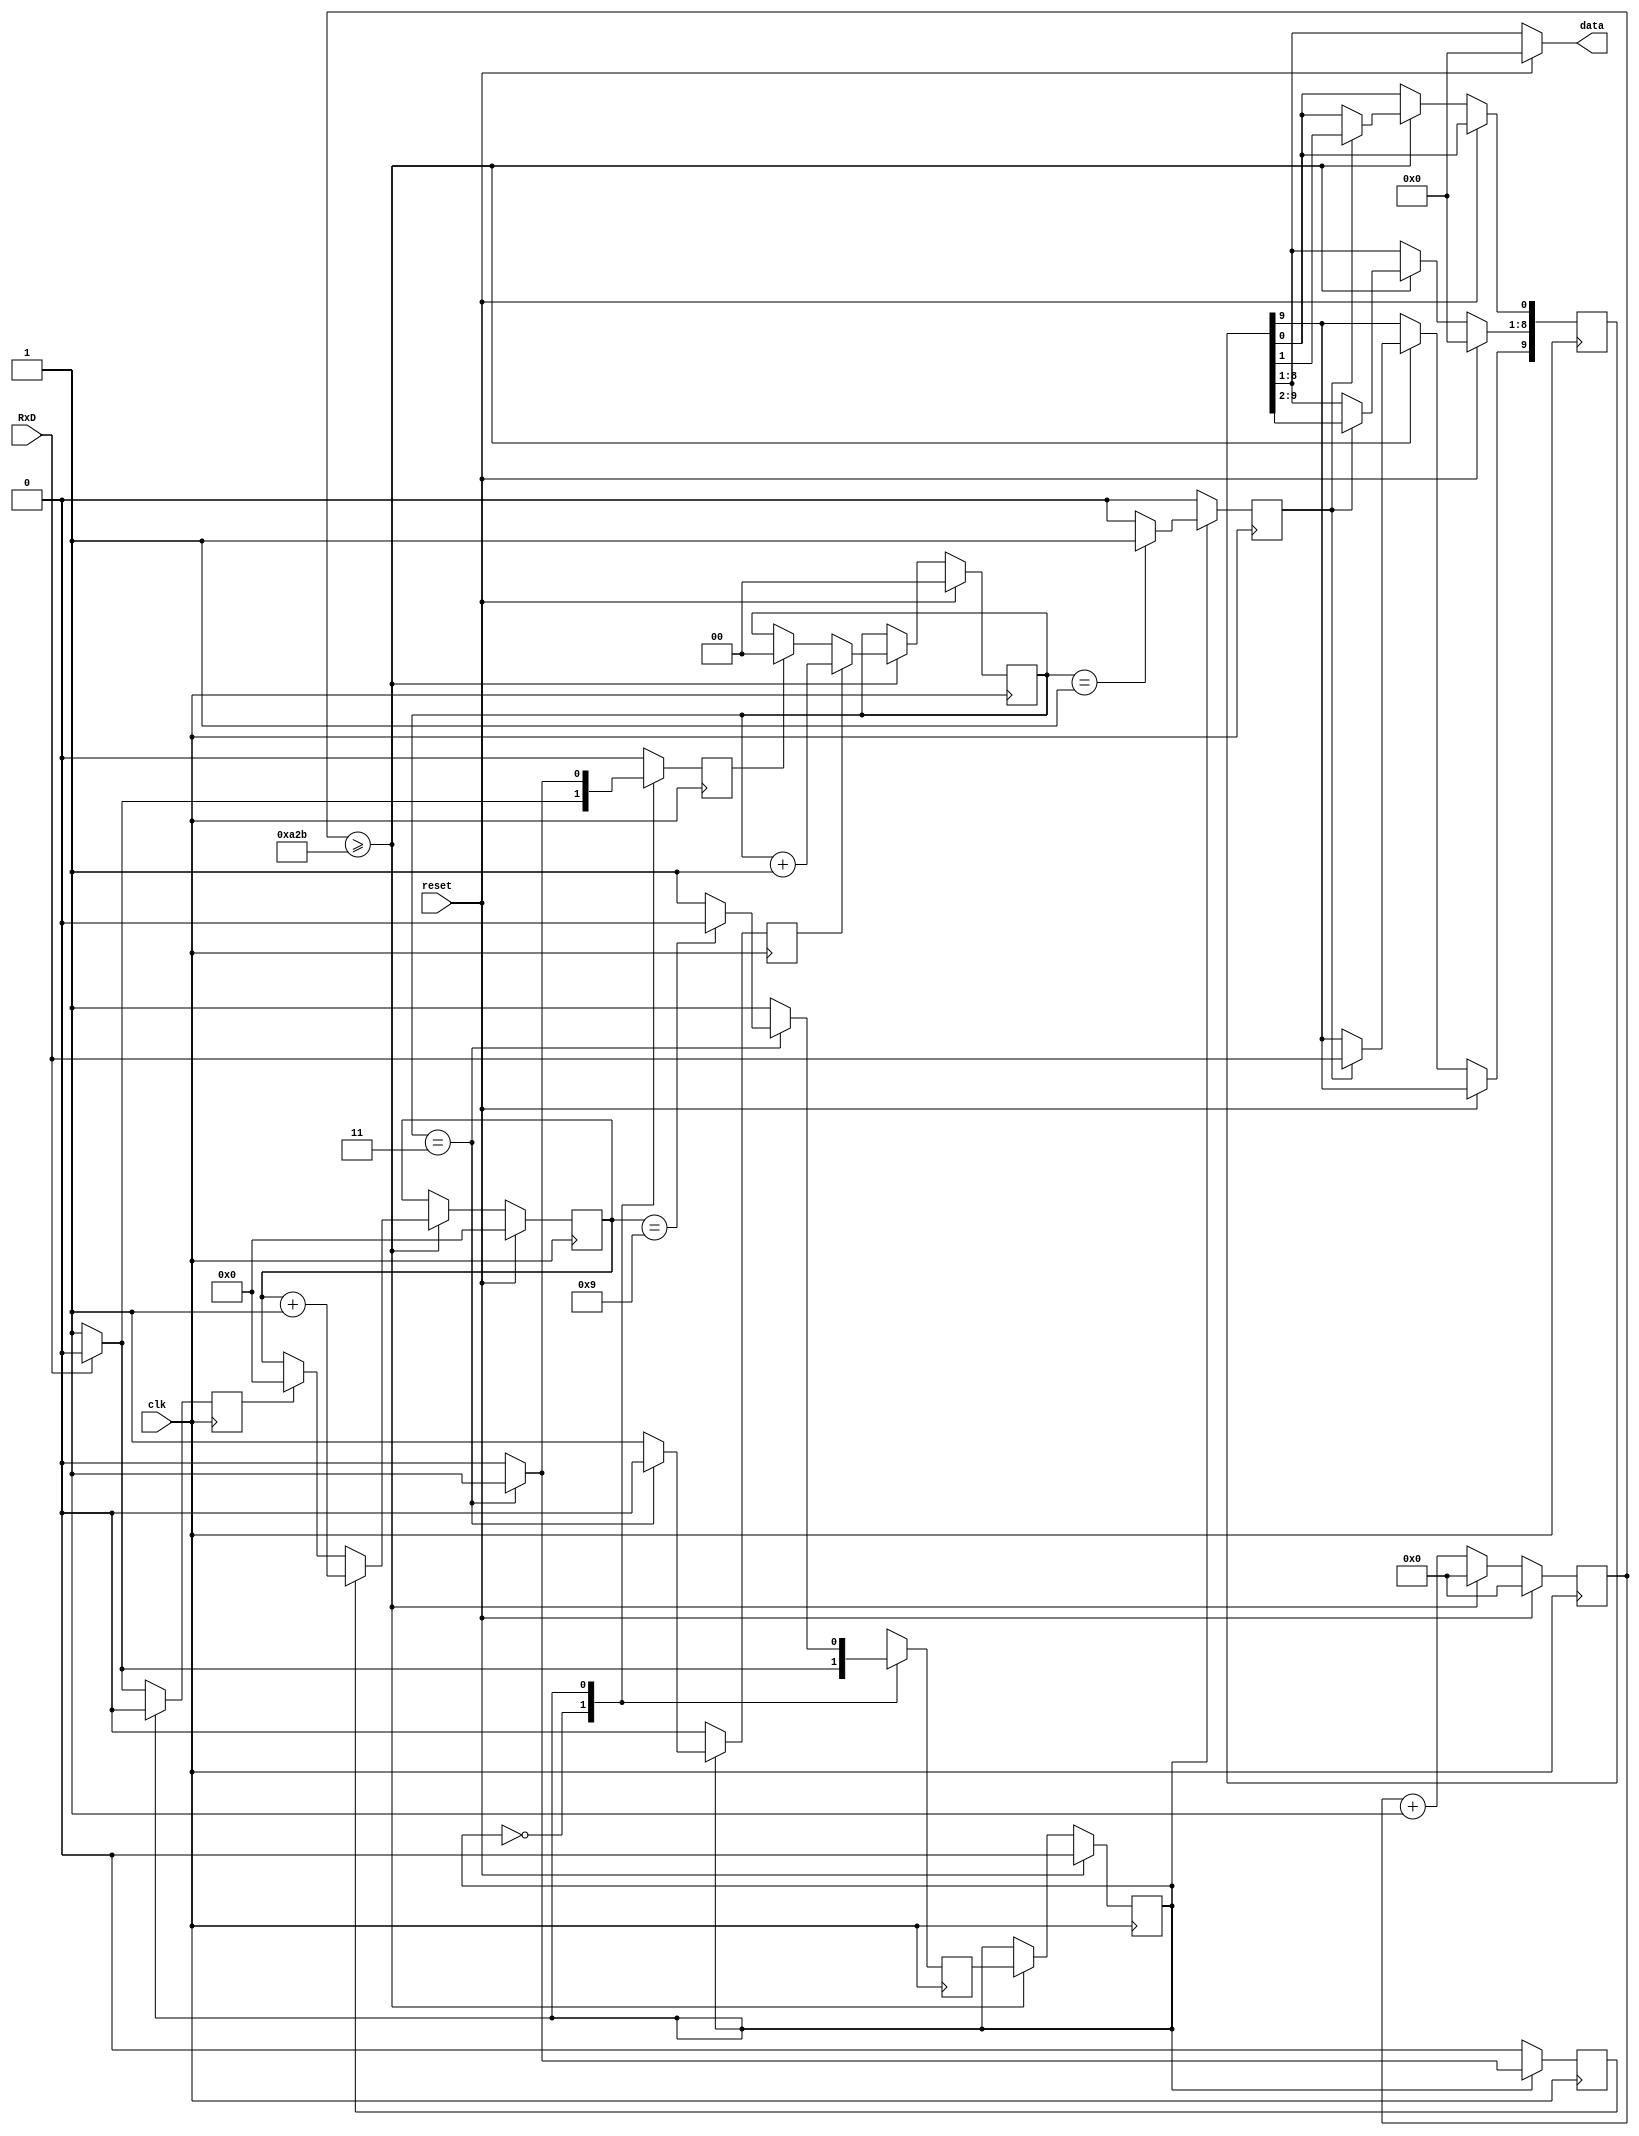
`timescale 1ns / 1ps

module receiver(clk, reset, RxD, data);

input clk;
input reset; 
input RxD;
output [7:0]data;

reg shift;
reg state, nextstate;
reg [3:0]bitcounter;
reg [1:0]samplecounter;
reg [13:0]counter;
reg [9:0]rxshiftreg;
reg clear_bitcounter, inc_bitcounter, inc_samplecounter, clear_samplecounter;

initial begin
    rxshiftreg[1] = 1'b0;
    rxshiftreg[2] = 1'b0;
    rxshiftreg[3] = 1'b0;
    rxshiftreg[4] = 1'b0;
    rxshiftreg[5] = 1'b0;
    rxshiftreg[6] = 1'b0;
    rxshiftreg[7] = 1'b0;
    rxshiftreg[8] = 1'b0;
end

parameter clk_freq = 100_000_000;
parameter baud_rate = 9_600;
parameter div_sample = 4;
parameter div_counter = clk_freq/(baud_rate*div_sample);
parameter mid_sample = (div_sample/2);
parameter div_bit = 10;

assign data = (reset==1'b0) ? rxshiftreg[8:1] : 8'b0000_0000;

always @(posedge clk) begin 
        if(reset) begin 
            state<=0;
            bitcounter<=0;
            counter<=0;
            samplecounter<=0;
            rxshiftreg[8:1]<=8'b0000_0000;
        end else begin
            counter<=counter+1;
            if(counter>=div_counter-1) begin
                counter<=0;
                state<=nextstate;
                if(shift) rxshiftreg<={RxD, rxshiftreg[9:1]};
                if(clear_samplecounter) samplecounter<=0;
                if(inc_samplecounter) samplecounter<=samplecounter+1; 
                if(clear_bitcounter) bitcounter<=0;
                if(inc_bitcounter) bitcounter<=bitcounter+1;
            end
        end
end
   
always @(posedge clk) begin 
    shift<=0;
    clear_samplecounter<=0;
    inc_samplecounter<=0;
    clear_bitcounter<=0; 
    inc_bitcounter<=0; 
    nextstate<=0;
    case (state)
        0: begin
            if(RxD) begin
              nextstate<=0;
              end
            else begin
                nextstate<=1;
                clear_bitcounter<=1;
                clear_samplecounter<=1;
            end
        end
        1: begin
            nextstate<= 1;
            if(samplecounter== mid_sample - 1) shift<=1;
                if(samplecounter== div_sample - 1) begin
                    if(bitcounter == div_bit - 1) begin
                nextstate<=0;
                end 
                inc_bitcounter<=1;
                clear_samplecounter<=1; 
            end else inc_samplecounter<=1;
        end
       default: nextstate<=0;
     endcase
end
   
endmodule